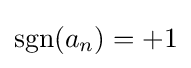
\operatorname {sgn} (a_{n})=+1